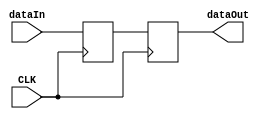
module ProgramCounter(
	input CLK,
	input [31:0] dataIn,
	output reg [31:0] dataOut);
	
	reg [31:0] pcreg;
	
	initial
	begin
		pcreg = 32'd0;
		dataOut = 32'd0;
	end
	
	always@(posedge CLK)
	begin 
		dataOut = pcreg;
	end
	
	always@(negedge CLK)
	begin
		pcreg <= dataIn;
	end
 
endmodule